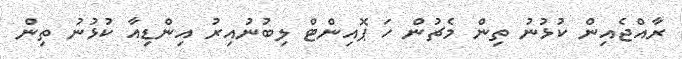
ރާއްޖެއިން ކުޅުނު ތިން މެޗުން ހަ ޕޮއިންޓް ލިބުނުއިރު އިންޑިއާ ކުޅުނު ތިން